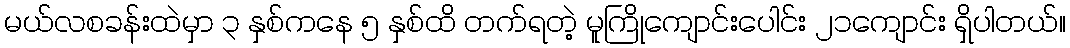
မယ်လစခန်းထဲမှာ ၃ နှစ်ကနေ ၅ နှစ်ထိ တက်ရတဲ့ မူကြိုကျောင်းပေါင်း ၂၁ကျောင်း ရှိပါတယ်။